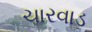
ચારવાડ